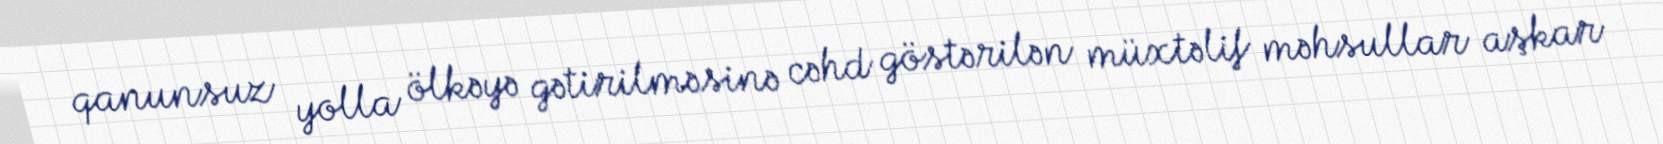
qanunsuz yolla ölkəyə gətirilməsinə cəhd göstərilən müxtəlif məhsullar aşkar